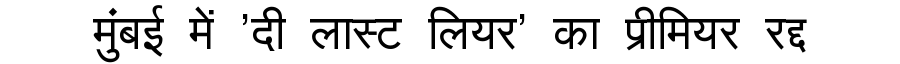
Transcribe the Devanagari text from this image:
मुंबई में 'दी लास्ट लियर' का प्रीमियर रद्द